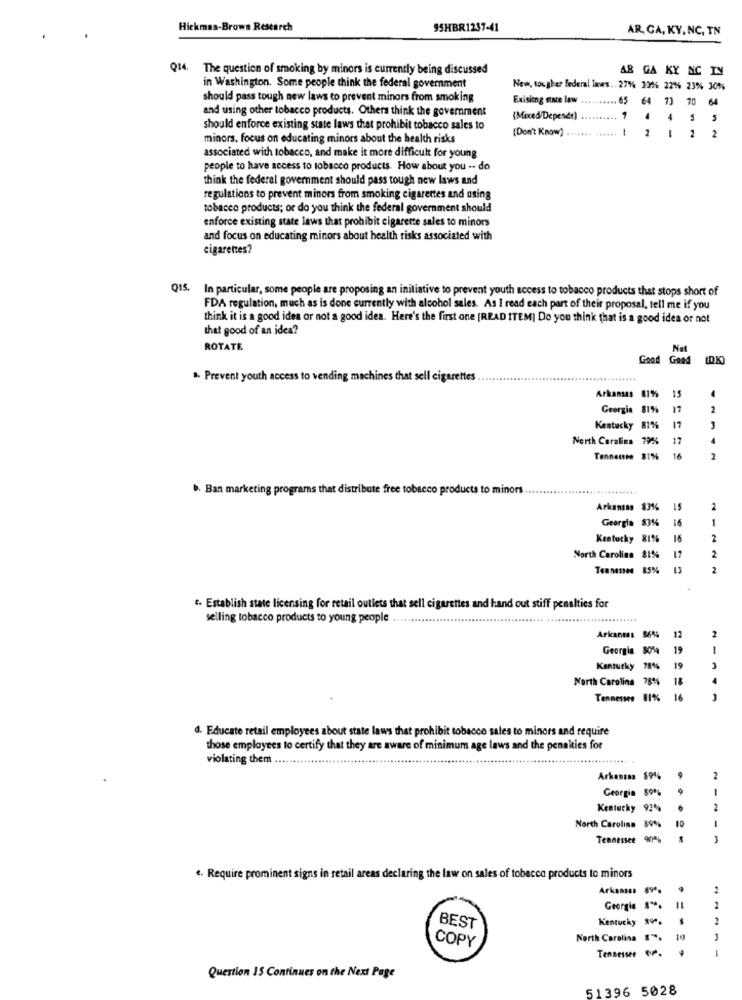
Hickmas-Brown Research
95HBR1237-41
AR, GA, KY, NC, TN
Q14. The question of smoking by minors is currently being discussed
AB GA KY NC IN
in Washington. Some people think the federal government
New, tougher federal laws .. 27% 306 22% 23% 30%%
should pass tough new laws to prevent minors from smoking
Exising state law
65
and using other tobacco products. Others think the government
64 73 70 64
(Mixed/Depends)
4
4 3 5
should enforce existing state laws that prohibit tobacco sales to
[Don't Know]
-
2
minors. focus on educating minors about the health risks
2
2
associated with tobacco, and make it more difficult for young
people to have access to tobacco products. How about you -- do
think the federal government should pass tough new laws and
regulations to prevent minors from smoking cigarettes and using
tobacco products; or do you think the federal government should
enforce existing state laws that prohibit cigarette sales to minors
and focus on educating minors about health risks associated with
cigarettes?
QIS.
In particular, some people are proposing an initiative to prevent youth access to tobacco products that stops short of
FDA regulation, much as is done currently with alcohol sales. As I read each part of their proposal, tell me if you
think it is a good idea or not a good idea. Here's the first one [READ ITEM] Do you think that is a good idea or not
that good of an idea?
ROTATE
Good
Good
(DK)
.. Prevent youth access to vending machines that sell cigarettes .
........
15
Arkansas 819%
Georgia 81%
17
Kentucky 81%
17
North Carolina
79%
17
Tennente 31%
16
.. Ban marketing programs that distribute free tobacco products to minors
Arkansas 83%
15
2
Georgia 83%%
16
1
Kentucky 81%
16
2
North Carolina 81%
17
2
Tennessee 85%
2
"- Establish state licensing for retail outlets that sell cigarettes and hand out stiff penalties for
selling tobacco products to young people
.....
Arkants 8644
12
2
Georgia
19
1
Kentucky 78
19
North Carolina 78%
18
4
Tennessee
16
J
d. Educate retail employees about state laws that prohibit tobacco sales to minors and require
those employees to certify that they are aware of minimum age laws and the penaities for
violating them
Arkansas 89%
2
Georgia 89%
9
-
Kentucky 924
6
2
1
North Carolina 89%%
10
Tennessee 90%
3
e. Require prominent signs in retail areas declaring the law on sales of tobacco products to minors
Arkansas 89.
2
Georgia s".
2
Kentucky 990.
BEST
COPY
North Carolina ".
10
1
Tennessee 1.
1
Question 15 Continues on the Next Page
51396 5028